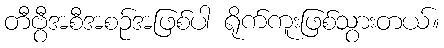
တီဗွီအစီအစဉ်အဖြစ်ပါ ရိုက်ကူးဖြစ်သွားတယ်။